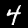
Digit: 4